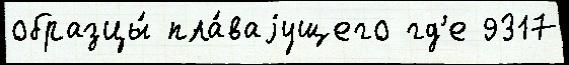
образцы́ пла́ваjущего гд'е 9317